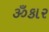
ૐકાર